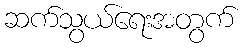
ဆက်သွယ်ရေးအတွက်